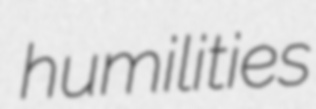
humilities